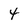
Character: 4